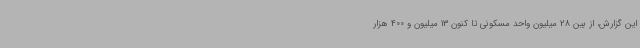
این گزارش، از بین 28 میلیون واحد مسکونی تا کنون 13 میلیون و 400 هزار